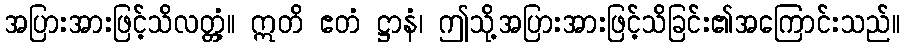
အပြားအားဖြင့်သိလတ္တံ့။ ဣတိ ဧတံ ဋ္ဌာနံ၊ ဤသို့အပြားအားဖြင့်သိခြင်း၏အကြောင်းသည်။